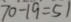
7 0 - 1 9 = 5 1